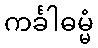
ကင်္ခါဓမ္မံ